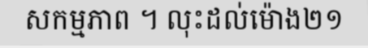
សកម្មភាព ។ លុះដល់ម៉ោង២១